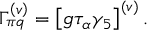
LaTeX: \Gamma _ { \pi q } ^ { \left( v \right) } = \left[ g \tau _ { \alpha } \gamma _ { 5 } \right] ^ { \left( v \right) } .